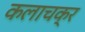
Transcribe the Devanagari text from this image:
कलाचक्र